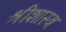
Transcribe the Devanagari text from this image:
श्रीशास्त्र